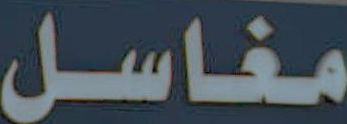
مغاسل